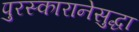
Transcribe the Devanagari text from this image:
पुरस्कारानेसुद्धा